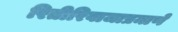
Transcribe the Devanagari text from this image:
रितीरिवाजाप्रमाणे